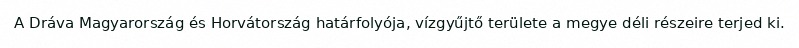
A Dráva Magyarország és Horvátország határfolyója, vízgyűjtő területe a megye déli részeire terjed ki.